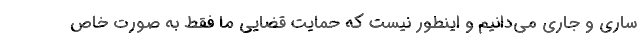
ساری و جاری می‌دانیم و اینطور نیست که حمایت قضایی ما فقط به صورت خاص